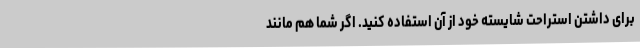
برای داشتن استراحت شایسته خود از آن استفاده کنید. اگر شما هم مانند